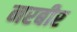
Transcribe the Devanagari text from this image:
नरबीर